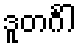
ဒူတင်္ဂါ